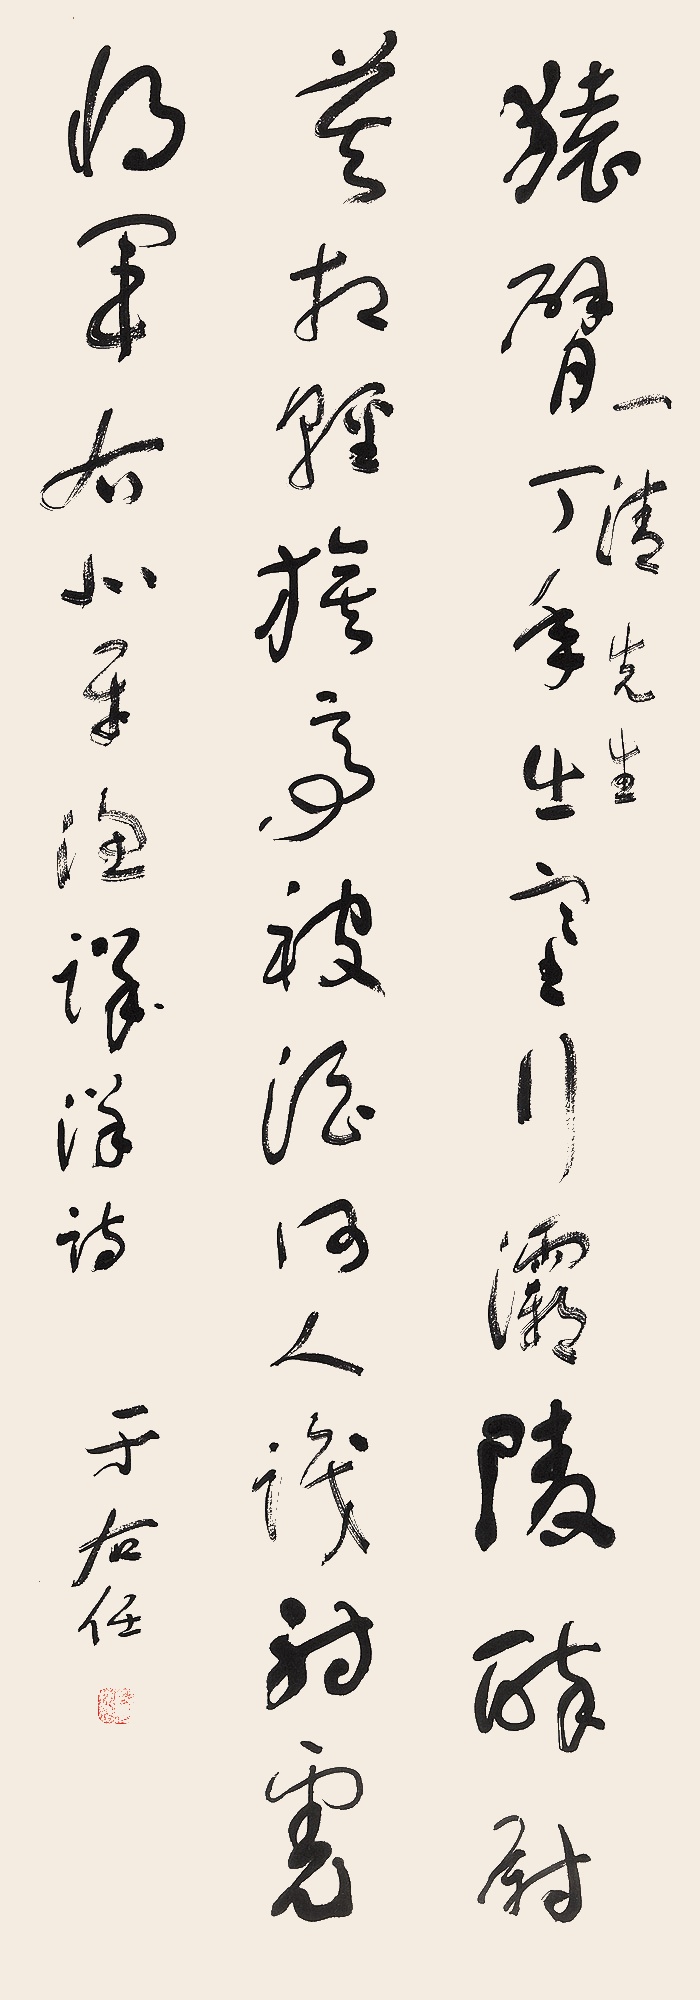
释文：猿臂丁年出塞行，灞陵醉尉莫相轻。旗亭被酒何人识，射虎将军右北平。一清先生。渔洋诗。于右任。